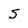
Character: S